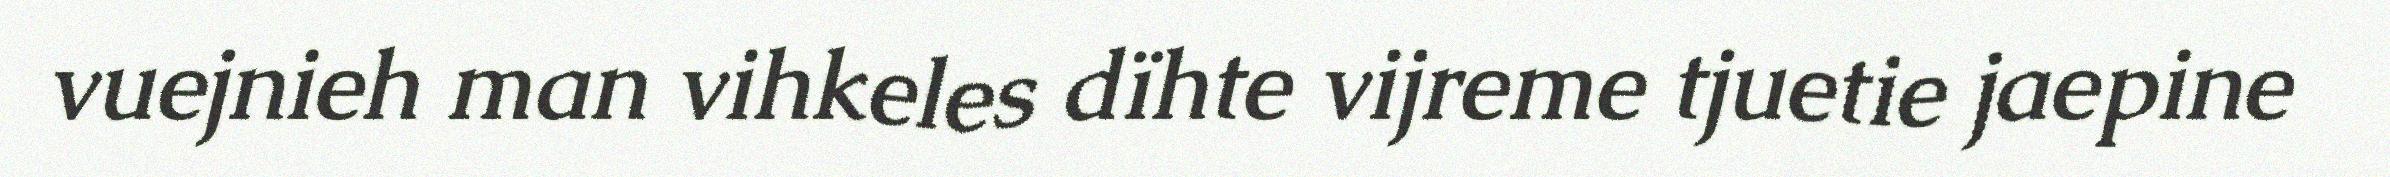
vuejnieh man vihkeles dïhte vijreme tjuetie jaepine